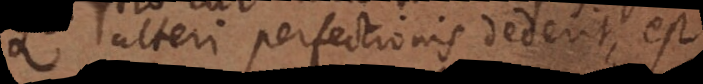
alteri perfectionis dederit, est